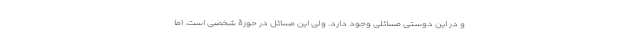
و در این دوستی مسائلی وجود دارد. ولی این مسائل در حوزۀ شخصی است. اما